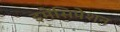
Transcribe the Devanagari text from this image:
इमैंसिपेशन